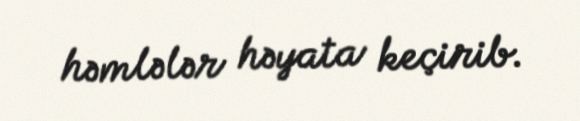
həmlələr həyata keçirib.